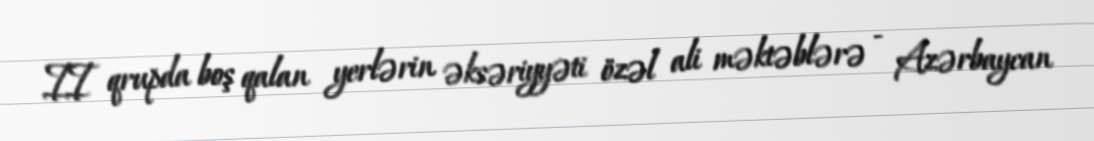
II qrupda boş qalan yerlərin əksəriyyəti özəl ali məktəblərə - Azərbaycan